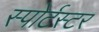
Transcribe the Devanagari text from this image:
स्पोर्टस्टर